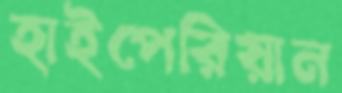
হাইপেরিয়ান